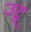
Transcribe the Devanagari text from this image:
उटू